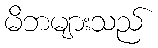
မိဘများသည်